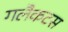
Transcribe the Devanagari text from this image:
गलैकटस